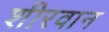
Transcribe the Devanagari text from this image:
शीरवान